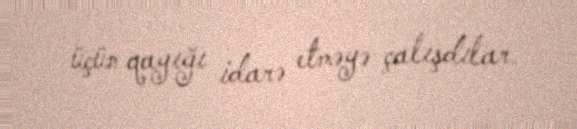
üçün qayığı idarə etməyə çalışdılar.